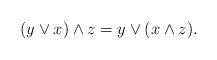
LaTeX: \begin{align*}(y\vee x)\wedge z = y\vee(x\wedge z).\end{align*}